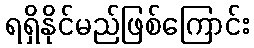
ရရှိနိုင်မည်ဖြစ်ကြောင်း